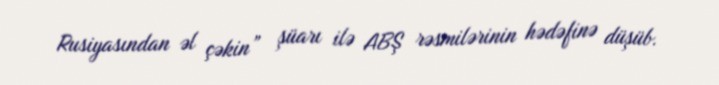
Rusiyasından əl çəkin” şüarı ilə ABŞ rəsmilərinin hədəfinə düşüb.